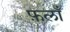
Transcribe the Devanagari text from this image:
फ़लाँ